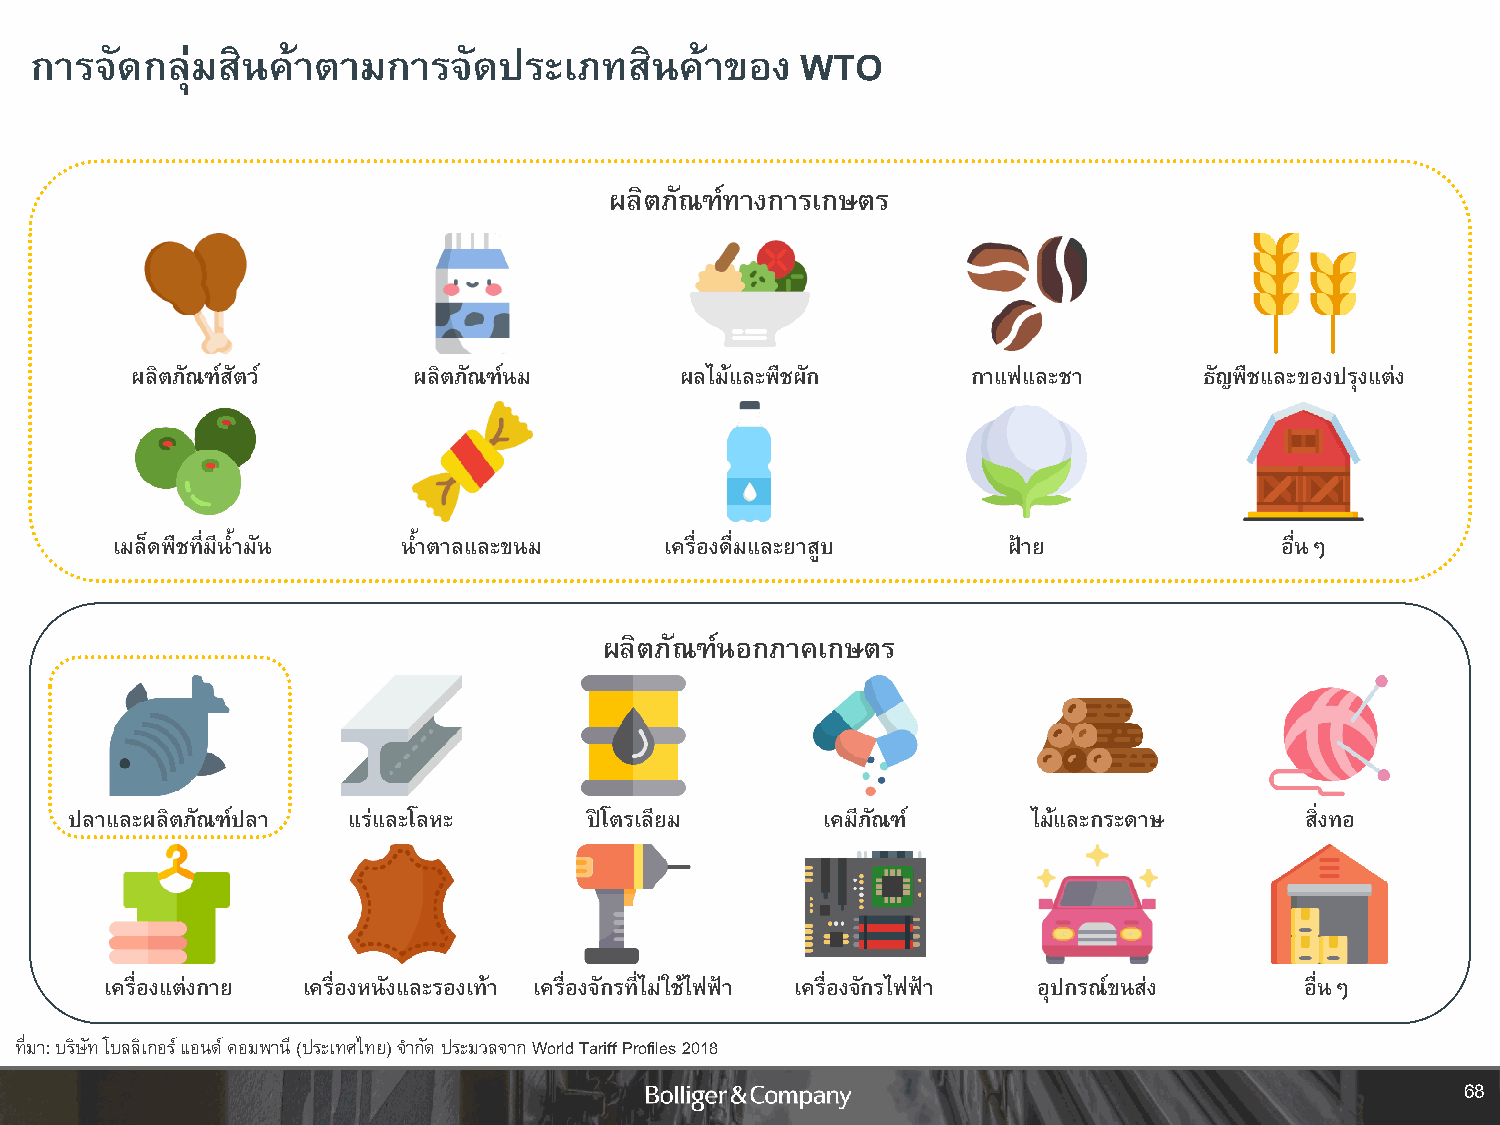
การจัดกลุ่มสินค้าตามการจัดประเภทสินค้าของ          WTO
 ผลิตภัณฑ์ทางการเกษตร
 ผลิตภัณฑ์สัตว์    ผลิตภัณฑ์นม       ผลไม้และพืชผัก     กาแฟและชา       ธัญพืชและของปรุงแต่ง
 เมล็ดพืชที่มีน้ ามนั น้ าตาลและขนม   เครื่องดื่มและยาสูบ    ฝ้าย              อื่นๆ
 ผลิตภัณฑ์นอกภาคเกษตร
 ปลาและผลิตภัณฑ์ปลา แร่และโลหะ     ปิโตรเลียม     เคมีภัณฑ์     ไม้และกระดาษ      สิ่งทอ
 เครื่องแต่งกาย เครื่องหนังและรองเท้า เครื่องจักรที่ไม่ใช้ไฟฟ้า เครื่องจักรไฟฟ้า อุปกรณ์ขนส่ง อื่นๆ
 ที่มา: บริษัท โบลลิเกอร์ แอนด์ คอมพานี (ประเทศไทย) จ ากัด ประมวลจาก World Tariff Profiles 2018
 68